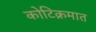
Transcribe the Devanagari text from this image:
कोटिक्रमात